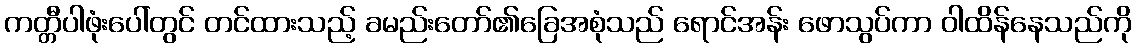
ကတ္တီပါဖုံးပေါ်တွင် တင်ထားသည့် ခမည်းတော်၏ခြေအစုံသည် ရောင်အန်း ဖောသွပ်ကာ ဝါထိန်နေသည်ကို